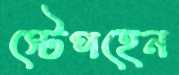
স্টেপহেন